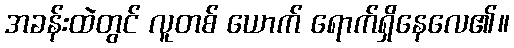
အခန်းထဲတွင် လူတစ် ယောက် ရောက်ရှိနေလေ၏။